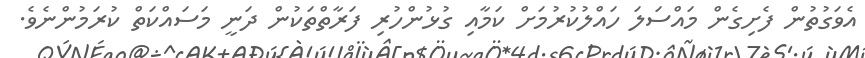
އެވަގުތުން ފެށިގެން މައްސަލަ ހައްލުކުރުމަށް ކަމާއި ގުޅުންހުރި ފަރާތްތަކުން ދަނީ މަސައްކަތް ކުރަމުންނެވެ.